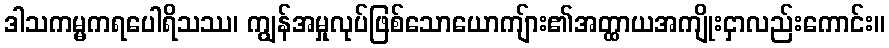
ဒါသကမ္မကရပေါရိသဿ၊ ကျွန်အမှုလုပ်ဖြစ်သောယောကျ်ား၏အတ္ထာယအကျိုးငှာလည်းကောင်း။